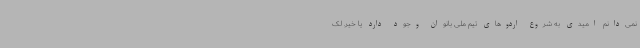
نمی‌دانم امیدی به شروع اردوهای تیم ملی بانوان وجود دارد یا خیر. لک